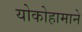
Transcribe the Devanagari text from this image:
योकोहामाने